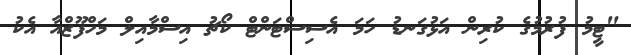
"ޓީމު ފުރުމުގެ ކުރިން އަޅުގަނޑު ހަމަ އެސިސްޓަންޓް ކޯޗު އިސްމާއިލް މަހްފޫޒްއާ އެކު